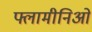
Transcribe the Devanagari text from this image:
फ्लामीनिओ